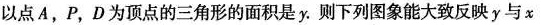
以点A，P，D为顶点的三角形的面积是y。则下列图象能大致反映y与x